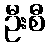
ဦးစီ